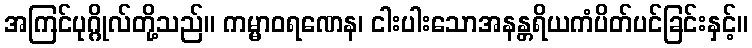
အကြင်ပုဂ္ဂိုလ်တို့သည်။ ကမ္မာဝရဏေန၊ ငါးပါးသောအနန္တရိယကံပိတ်ပင်ခြင်းနှင့်။